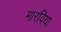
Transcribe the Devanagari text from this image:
मारविया